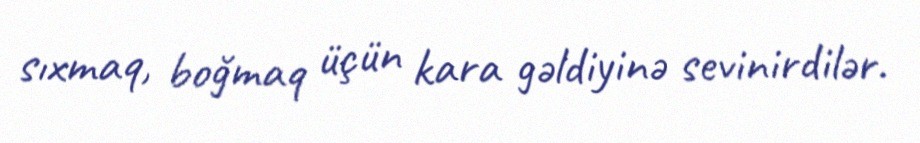
sıxmaq, boğmaq üçün kara gəldiyinə sevinirdilər.